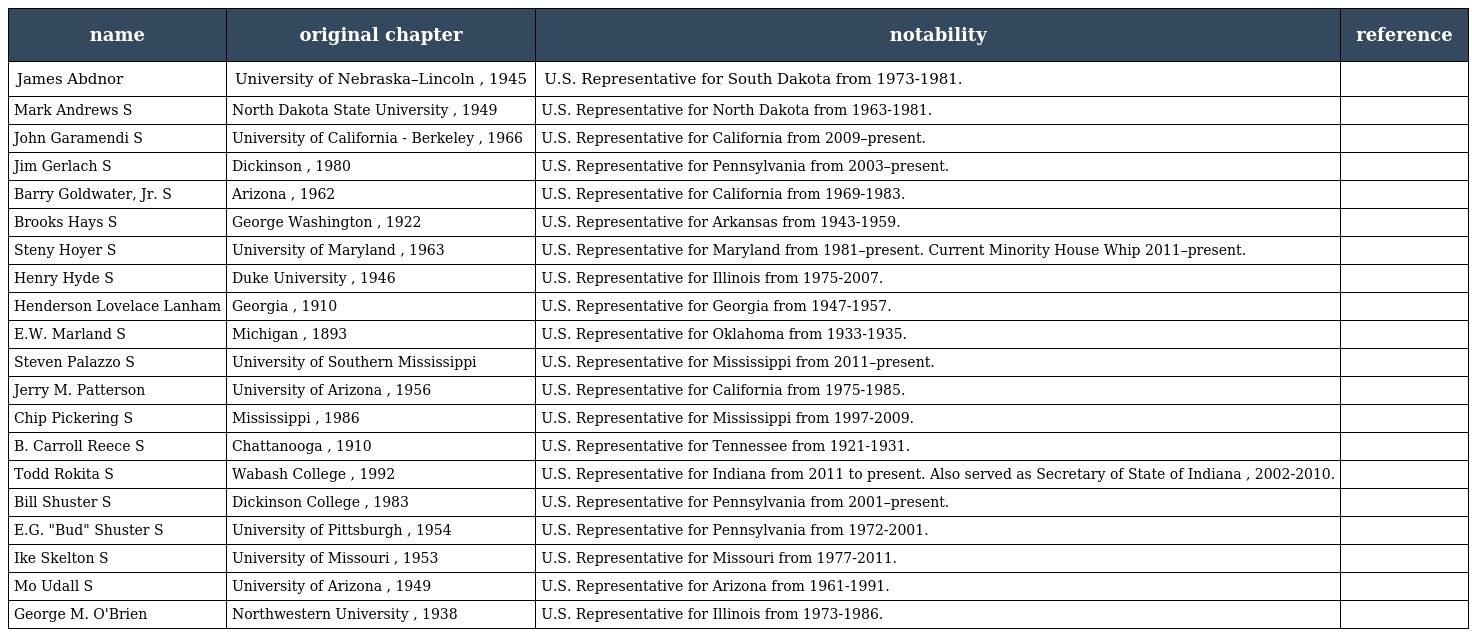
| name | original chapter | notability | reference |
 | --- | --- | --- | --- |
 | James Abdnor | University of Nebraska–Lincoln , 1945 | U.S. Representative for South Dakota from 1973-1981. |  |
 | Mark Andrews S | North Dakota State University , 1949 | U.S. Representative for North Dakota from 1963-1981. |  |
 | John Garamendi S | University of California - Berkeley , 1966 | U.S. Representative for California from 2009–present. |  |
 | Jim Gerlach S | Dickinson , 1980 | U.S. Representative for Pennsylvania from 2003–present. |  |
 | Barry Goldwater, Jr. S | Arizona , 1962 | U.S. Representative for California from 1969-1983. |  |
 | Brooks Hays S | George Washington , 1922 | U.S. Representative for Arkansas from 1943-1959. |  |
 | Steny Hoyer S | University of Maryland , 1963 | U.S. Representative for Maryland from 1981–present. Current Minority House Whip 2011–present. |  |
 | Henry Hyde S | Duke University , 1946 | U.S. Representative for Illinois from 1975-2007. |  |
 | Henderson Lovelace Lanham | Georgia , 1910 | U.S. Representative for Georgia from 1947-1957. |  |
 | E.W. Marland S | Michigan , 1893 | U.S. Representative for Oklahoma from 1933-1935. |  |
 | Steven Palazzo S | University of Southern Mississippi | U.S. Representative for Mississippi from 2011–present. |  |
 | Jerry M. Patterson | University of Arizona , 1956 | U.S. Representative for California from 1975-1985. |  |
 | Chip Pickering S | Mississippi , 1986 | U.S. Representative for Mississippi from 1997-2009. |  |
 | B. Carroll Reece S | Chattanooga , 1910 | U.S. Representative for Tennessee from 1921-1931. |  |
 | Todd Rokita S | Wabash College , 1992 | U.S. Representative for Indiana from 2011 to present. Also served as Secretary of State of Indiana , 2002-2010. |  |
 | Bill Shuster S | Dickinson College , 1983 | U.S. Representative for Pennsylvania from 2001–present. |  |
 | E.G. "Bud" Shuster S | University of Pittsburgh , 1954 | U.S. Representative for Pennsylvania from 1972-2001. |  |
 | Ike Skelton S | University of Missouri , 1953 | U.S. Representative for Missouri from 1977-2011. |  |
 | Mo Udall S | University of Arizona , 1949 | U.S. Representative for Arizona from 1961-1991. |  |
 | George M. O'Brien | Northwestern University , 1938 | U.S. Representative for Illinois from 1973-1986. |  |